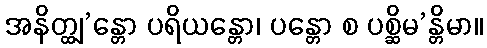
အနိတ္ထျ’န္တော ပရိယန္တော၊ ပန္တော စ ပစ္ဆိမ’န္တိမာ။